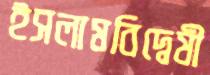
ইসলামবিদ্বেষী